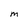
Character: M